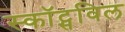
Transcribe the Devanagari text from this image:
स्कॉट्सविल